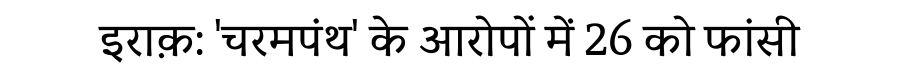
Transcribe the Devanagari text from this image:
इराक़: 'चरमपंथ' के आरोपों में 26 को फांसी